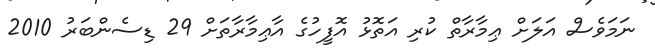
ނަމަވެސް އަލަށް ޢިމާރާތް ކުރި އަތޮޅު އޮފީހުގެ އާޢިމާރާތަށް 29 ޑިސެންބަރު 2010